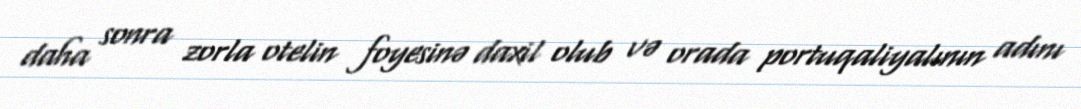
daha sonra zorla otelin foyesinə daxil olub və orada portuqaliyalının adını